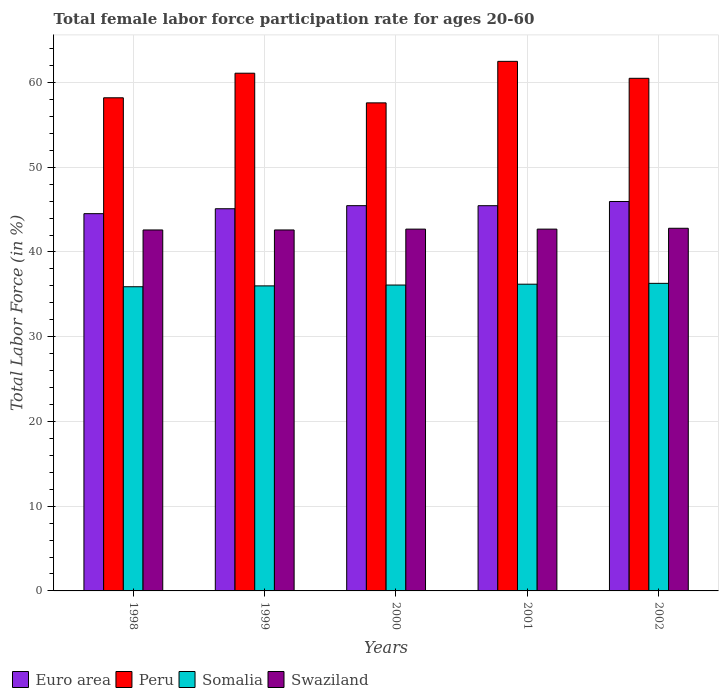
| Years | Euro area | Peru | Somalia | Swaziland |
 | --- | --- | --- | --- | --- |
 | 1998 | 44.5 | 58.2 | 35.9 | 42.6 |
 | 1999 | 45.1 | 61.1 | 36 | 42.6 |
 | 2000 | 45.5 | 57.6 | 36.1 | 42.7 |
 | 2001 | 45.5 | 62.5 | 36.2 | 42.7 |
 | 2002 | 46 | 60.5 | 36.3 | 42.8 |